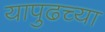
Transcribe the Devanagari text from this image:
यापुढच्या